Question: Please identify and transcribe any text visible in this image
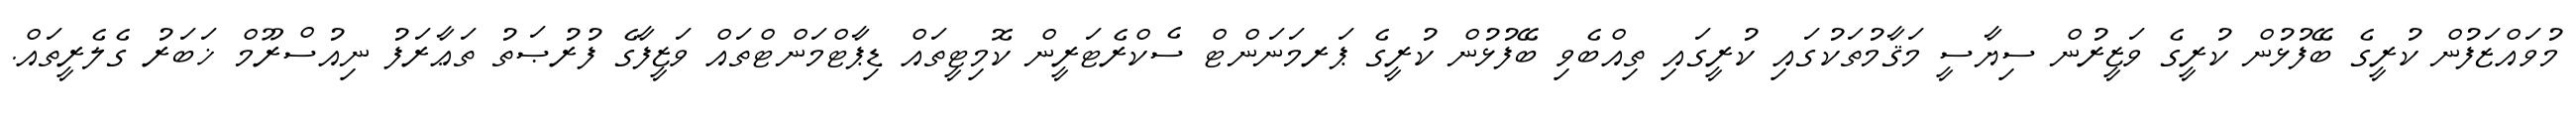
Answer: މުވައްޒަފުން ކުރީގެ ބޭފުޅުން ކުރީގެ ވަޒީރުން ސިޔާސީ މަޤާމުތަކުގައި ކުރީގައި ތިއްބެވި ބޭފުޅުން ކުރީގެ ޕަރމަނަންޓް ސެކްރެޓަރީން ކޮމިޓީތައް ޑިޕާޓްމަންޓްތައް ވަޒީފާގެ ފުރުޞަތު ތަޢާރަފު ނިއުސްރޫމް ޚަބަރު ގެލެރީތައް.